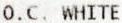
O.C. WHITE